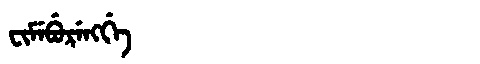
Manchu: ᠸᡳᠮᡝᠪᡠᡵᡝᠩᡤᡝ
Romanization: FIMEBURENGGE